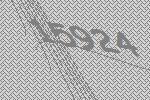
15924